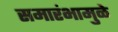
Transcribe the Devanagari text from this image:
समारंभामुळे